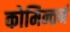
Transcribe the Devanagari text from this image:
कोमिन्तर्न